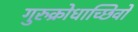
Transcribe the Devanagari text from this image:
गुरुक्रोधाच्छिवो